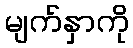
မျက်နှာကို